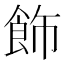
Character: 飾